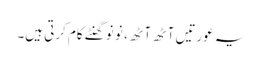
یہ عورتیں آٹھ آٹھ ، نو نو گھنٹے کام کرتی ہیں۔